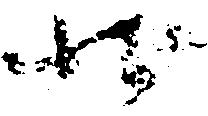
状